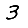
Digit: 3